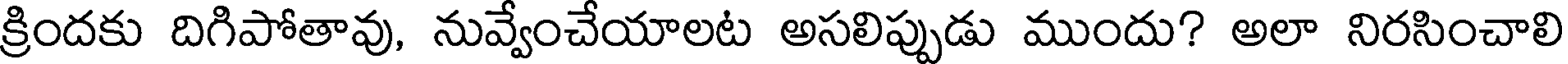
క్రిందకు దిగిపోతావు, నువ్వేంచేయాలట అసలిప్పుడు ముందు? అలా నిరసించాలి